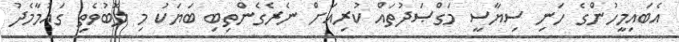
އެބައިމީހުންގެ ހަނި ސިޔާސީ މަގްޞަދުތައް ކުރިއަށް ނެރެގެންތިބި ބަޔަކު މި ލޮބުވެތި ގައުމާމެދު